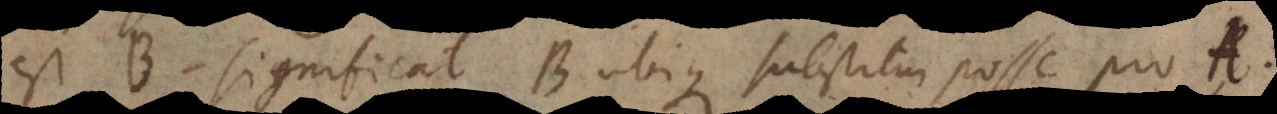
est B significat B ubique substitui posse pro A,